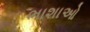
ભાશાઓ